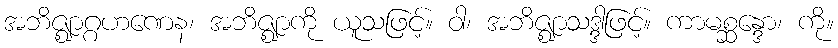
အဘိဇ္ဈာဂ္ဂဟဏေန၊ အဘိဇ္ဈာကို ယူသဖြင့်။ ဝါ၊ အဘိဇ္ဈာသဒ္ဒါဖြင့်။ ကာမစ္ဆန္ဒော၊ ကို။